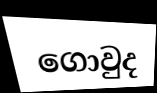
ගොවුද